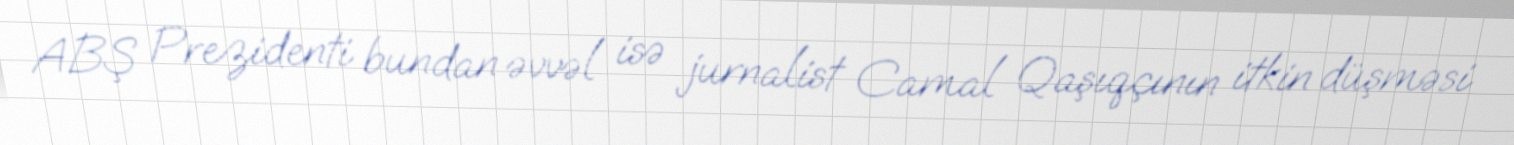
ABŞ Prezidenti bundan əvvəl isə jurnalist Camal Qaşıqçının itkin düşməsi